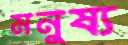
মনুষ্য